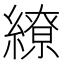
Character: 繚